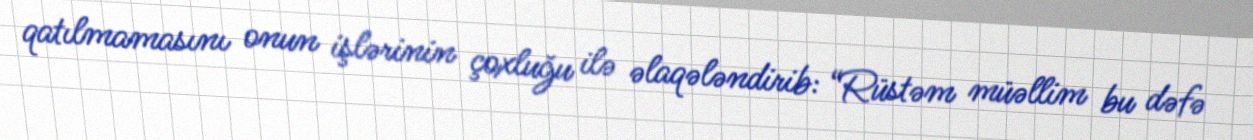
qatılmamasını onun işlərinin çoxluğu ilə əlaqələndirib: “Rüstəm müəllim bu dəfə